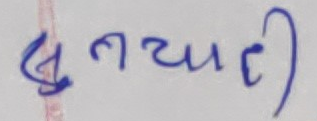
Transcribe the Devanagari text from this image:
खुत्त्यारी